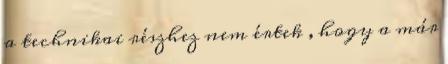
a technikai részhez nem értek , hogy a már